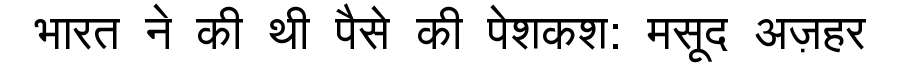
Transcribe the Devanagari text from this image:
भारत ने की थी पैसे की पेशकश: मसूद अज़हर